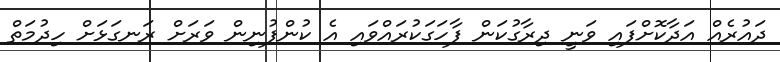
ދައުރެއް އަދާކޮށްފައި ވަނީ ދިރާގުކަން ފާހަގަކުރައްވައި އެ ކުންފުނިން ވަރަށް ރަނގަޅަށް ހިދުމަތް